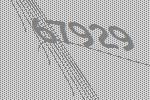
67929